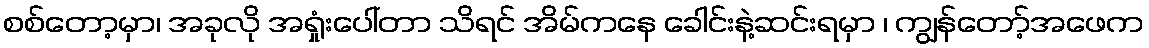
စစ်တော့မှာ၊ အခုလို အရှုံးပေါ်တာ သိရင် အိမ်ကနေ ခေါင်းနဲ့ဆင်းရမှာ ၊ ကျွန်တော့်အဖေက